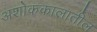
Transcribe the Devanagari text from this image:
अशोककालातील